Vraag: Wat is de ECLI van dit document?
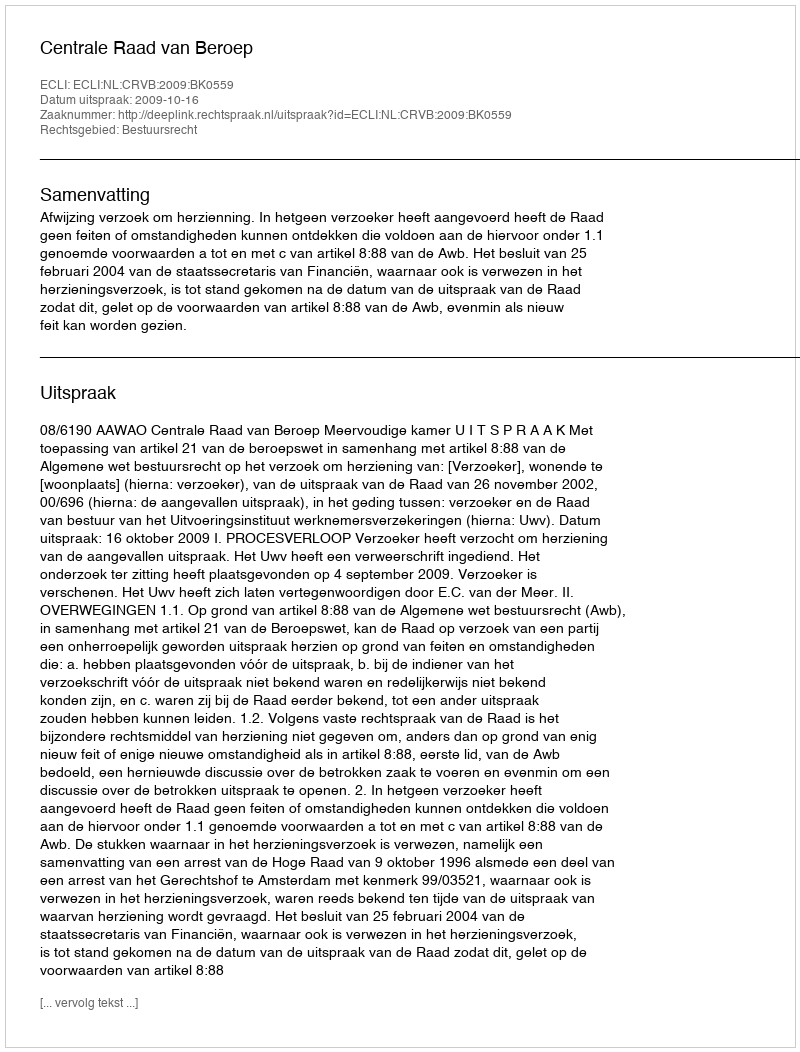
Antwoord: ECLI:NL:CRVB:2009:BK0559